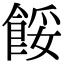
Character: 餒